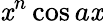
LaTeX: \mathit{x}^{n}\cos{a\mathit{x}}